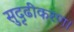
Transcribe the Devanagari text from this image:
सुदृढीकरण।